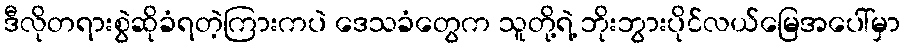
ဒီလိုတရားစွဲဆိုခံရတဲ့ကြားကပဲ ဒေသခံတွေက သူတို့ရဲ့ ဘိုးဘွားပိုင်လယ်မြေအပေါ်မှာ